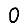
Digit: 0